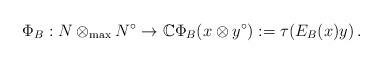
LaTeX: \begin{align*}\Phi_B :N\otimes_{\rm max} N^\circ\rightarrow\mathbb{C}\Phi_B (x\otimes y^\circ):=\tau(E_B(x)y)\, .\end{align*}